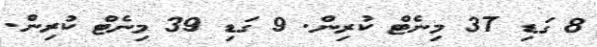
8 ގަޑި 37 މިނެޓް ކުރިން. 9 ގަޑި 39 މިނެޓް ކުރިން.